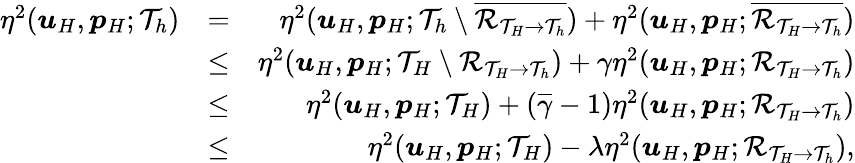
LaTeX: \begin{array}{rlr}{\eta^{2}(\boldsymbol{u}_{H},\boldsymbol{p}_{H};\mathcal{T}_{h})}&{=}&{\eta^{2}(\boldsymbol{u}_{H},\boldsymbol{p}_{H};\mathcal{T}_{h}\setminus\overline{{\mathcal{R}_{\mathcal{T}_{H}\rightarrow\mathcal{T}_{h}}}})+\eta^{2}(\boldsymbol{u}_{H},\boldsymbol{p}_{H};\overline{{\mathcal{R}_{\mathcal{T}_{H}\rightarrow\mathcal{T}_{h}}}})}\\ &{\leq}&{\eta^{2}(\boldsymbol{u}_{H},\boldsymbol{p}_{H};\mathcal{T}_{H}\setminus\mathcal{R}_{\mathcal{T}_{H}\rightarrow\mathcal{T}_{h}})+\gamma\eta^{2}(\boldsymbol{u}_{H},\boldsymbol{p}_{H};\mathcal{R}_{\mathcal{T}_{H}\rightarrow\mathcal{T}_{h}})}\\ &{\leq}&{\eta^{2}(\boldsymbol{u}_{H},\boldsymbol{p}_{H};\mathcal{T}_{H})+(\overline{{\gamma}}-1)\eta^{2}(\boldsymbol{u}_{H},\boldsymbol{p}_{H};\mathcal{R}_{\mathcal{T}_{H}\rightarrow\mathcal{T}_{h}})}\\ &{\leq}&{\eta^{2}(\boldsymbol{u}_{H},\boldsymbol{p}_{H};\mathcal{T}_{H})-\lambda\eta^{2}(\boldsymbol{u}_{H},\boldsymbol{p}_{H};\mathcal{R}_{\mathcal{T}_{H}\rightarrow\mathcal{T}_{h}}),}\end{array}